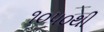
૧૦૫૦થી